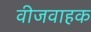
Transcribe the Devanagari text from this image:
वीजवाहक